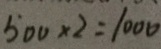
5 0 0 \times 2 = 1 0 0 0